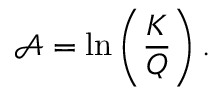
\mathcal { A } = \ln \left( \frac { K } { Q } \right) .